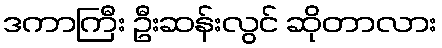
ဒကာကြီး ဦးဆန်းလွင် ဆိုတာလား